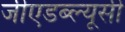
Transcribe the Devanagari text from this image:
जीएडब्ल्यूसी